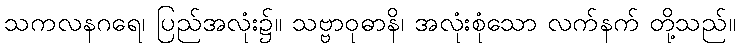
သကလနဂရေ၊ ပြည်အလုံး၌။ သဗ္ဗာဝုဓာနိ၊ အလုံးစုံသော လက်နက် တို့သည်။